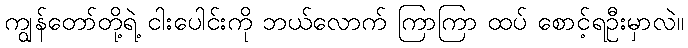
ကျွန်တော်တို့ရဲ့ ငါးပေါင်းကို ဘယ်လောက် ကြာကြာ ထပ် စောင့်ရဦးမှာလဲ။